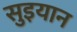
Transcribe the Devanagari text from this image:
सुइयान